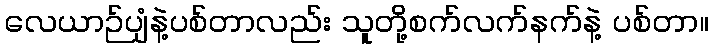
လေယာဉ်ပျံနဲ့ပစ်တာလည်း သူတို့စက်လက်နက်နဲ့ ပစ်တာ။